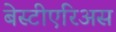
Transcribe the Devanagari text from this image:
बेस्टीएरिअस